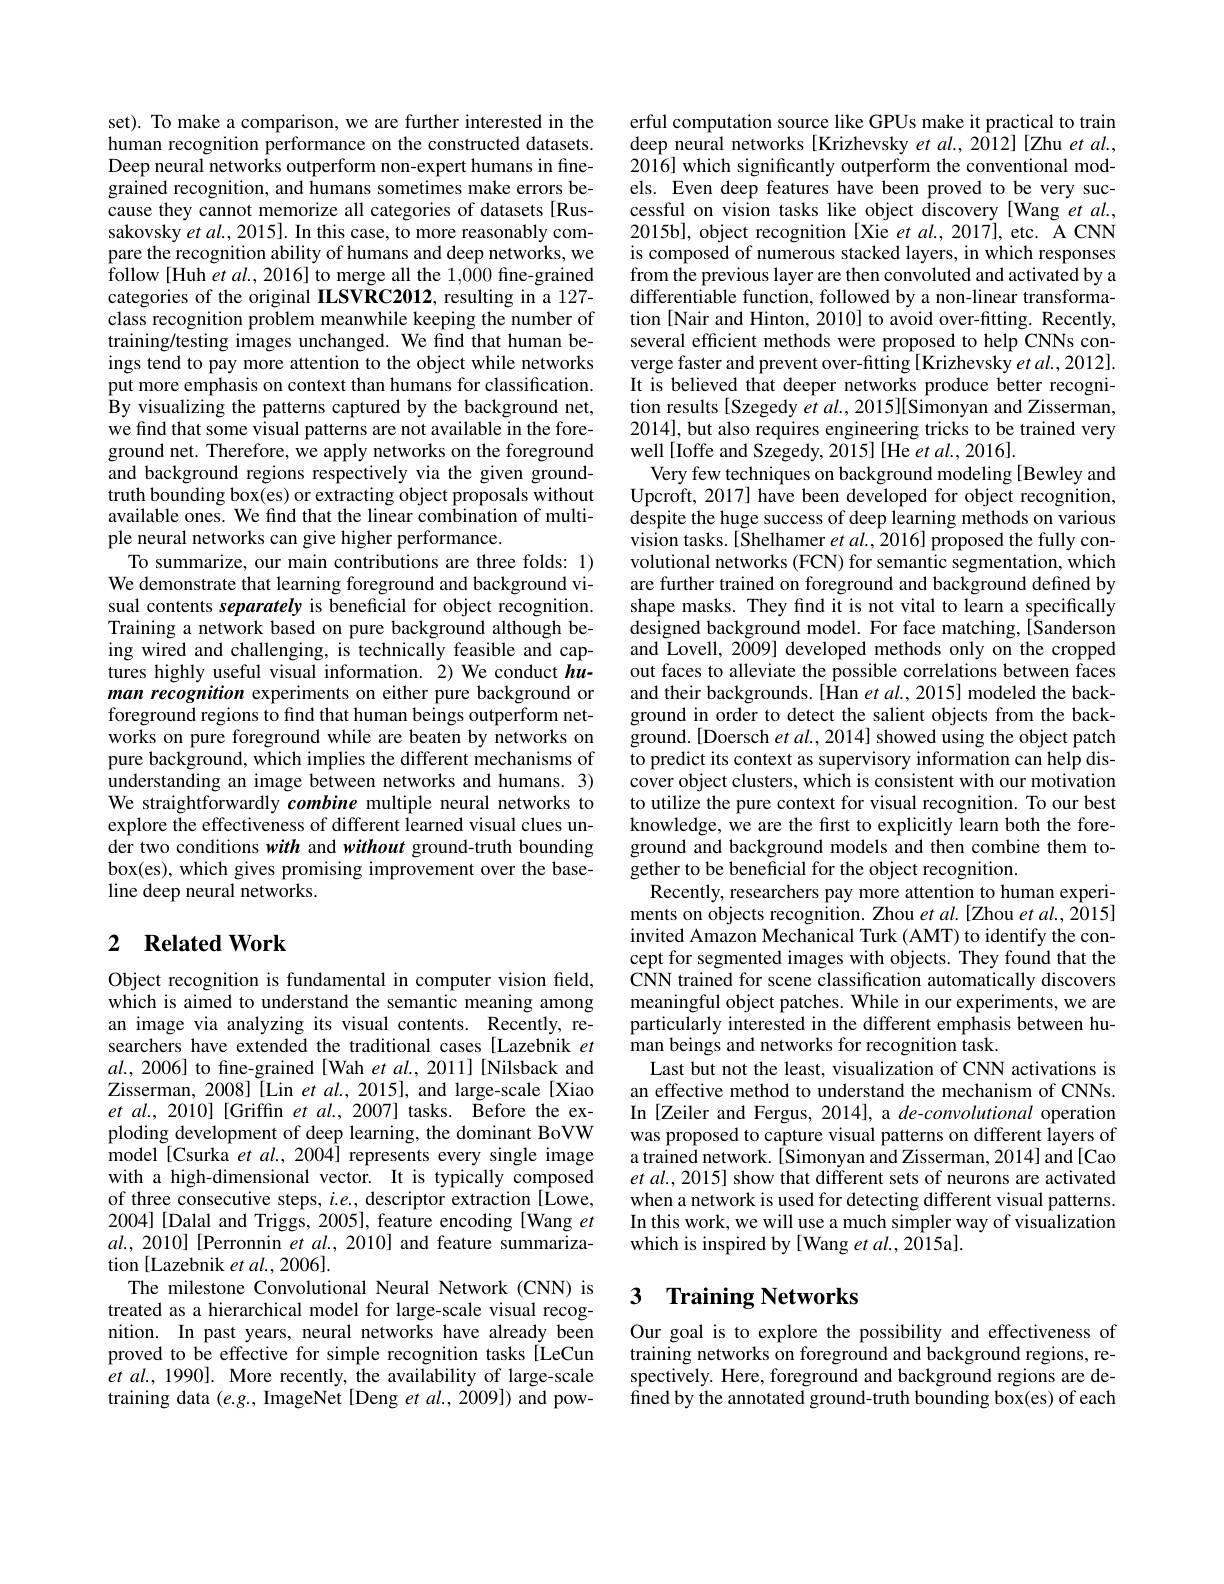
set). To make a comparison, we are further interested in the human recognition performance on the constructed datasets. Deep neural networks outperform non-expert humans in finegrained recognition, and humans sometimes make errors because they cannot memorize all categories of datasets [Russakovsky $etal.,2015].$ In this case, to more reasonably compare the recognition ability of humans and deep networks, we follow [Huh et al., 2016] to merge all the 1,000 fine-grained categories of the original IILSVRC2012, resulting in a 127- class recognition problem meanwhile keeping the number of training/testing images unchanged. We find that human beings tend to pay more attention to the object while networks put more emphasis on context than humans for classification. $\hat{\text{By visualizing the patterns captured by the background net,}}$ we find that some visual patterns are not available in the foreground net. Therefore, we apply networks on the foreground and background regions respectively via the given groundtruth bounding box(es) or extracting object proposals without available ones. We find that the linear combination of multiple neural networks can give higher performance.
To summarize, our main contributions are three folds: 1) We demonstrate that learning foreground and background visual contents separately is beneficial for object recognition. Training a network based on pure background although being wired and challenging, is technically feasible and captures highly useful visual information. 2) We conduct $hu-$ man recognition experiments on either pure background or foreground regions to find that human beings outperform networks on pure foreground while are beaten by networks on pure background, which implies the different mechanisms of understanding an image between networks and humans. 3) We straightforwardly combine multiple neural networks to explore the effectiveness of different learned visual clues under two conditions with and without ground-truth bounding box(es), which gives promising improvement over the baseline deep neural networks.

## 2 $\textbf{Related Work}$

Object recognition is fundamental in computer vision field, which is aimed to understand the semantic meaning among an image via analyzing its visual contents. Recently, researchers have extended the traditional cases [Lazebnik et $al.$, 2006] to fine-grained[Wah et al., 2011][Nilsback and Zisserman, 2008][Lin et al., 2015], and large-scale [Xiao $etal.,2010]$[Griffin et $al.,2007]$ tasks. Before the exploding development of deep learning, the dominant BoVW model [Csurka et al., 2004] represents every single image with a high-dimensional vector. It is typically composed of three consecutive steps, $i.e.$, descriptor extraction [Lowe, 2004] [Dalal and Triggs, 2005], feature encoding [Wang et $al.,2010]$[Perronnin $et\textit{al. , 2010] and feature summariza- }$ tion [Lazebnik et al., 2006].
The milestone Convolutional Neural Network (CNN) is treated as a hierarchical model for large-scale visual recognition. In past years, neural networks have already been proved to be effective for simple recognition tasks[LeCun $etal.,1990].$ More recently, the availability of large-scale training data $(e.g.$, ImageNet [Deng $et\textit{al. , 2009] ) and pow- }$

erful computation source like GPUs make it practical to train deep neural networks [Krizhevsky et al., 2012][Zhu et al., 2016] which significantly outperform the conventional models. Even deep features have been proved to be very successful on vision tasks like object discovery [Wang et al., 2015b], object recognition [Xie et al., 2017], etc. A CNN is composed of numerous stacked layers, in which responses from the previous layer are then convoluted and activated by a differentiable function, followed by a non-linear transformation [Nair and Hinton, 2010] to avoid over-fitting. Recently, several efficient methods were proposed to help CNNs converge faster and prevent over-fitting [Krizhevsky et al., 2012]. It is believed that deeper networks produce better recognition results[Szegedy et al., 2015][Simonyan and Zisserman, 2014], but also requires engineering tricks to be trained very well [Ioffe and Szegedy, 2015] [He et al., 2016].
Very few techniques on background modeling [Bewley and Upcroft, 2017] have been developed for object recognition, despite the huge success of deep learning methods on various vision tasks.[Shelhamer $etal.,2016]$ proposed the fully convolutional networks (FCN) for semantic segmentation, which are further trained on foreground and background defined by shape masks. They find it is not vital to learn a specifically designed background model. For face matching, [Sanderson and Lovell, 2009] developed methods only on the cropped out faces to alleviate the possible correlations between faces and their backgrounds. [1Han $et al. , 2015] $modeled the back- ground in order to detect the salient objects from the background.[Doersch et al., 2014] showed using the object patch to predict its context as supervisory information can help dis- $\hat{\text{cover object clusters, which is consistent with our motivation}}$ to utilize the pure context for visual recognition. To our best knowledge, we are the first to explicitly learn both the foreground and background models and then combine them together to be beneficial for the object recognition.
Recently, researchers pay more attention to human experiments on objects recognition. Zhou $etal.[$Zhou et al., 2015] invited Amazon Mechanical Turk (AMT) to identify the concept for segmented images with objects. They found that the CNN trained for scene classification automatically discovers meaningful object patches. While in our experiments, we are particularly interested in the different emphasis between human beings and networks for recognition task.
Last but not the least, visualization of CNN activations is an effective method to understand the mechanism of CNNs. In [Zeiler and Fergus, 2014], a de-convolutional operation was proposed to capture visual patterns on different layers of a trained network. [Simonyan and Zisserman, 2014] and[Cao et al., 2015] show that different sets of neurons are activated when a network is used for detecting different visual patterns. In this work, we will use a much simpler way of visualization which is inspired by [Wang et al., 2015a].

## 3 $\textbf{Training Networks}$

Our goal is to explore the possibility and effectiveness of training networks on foreground and background regions, respectively. Here, foreground and background regions are de- $\hat{\text{fined by the annotated ground-truth bounding box(es) of each}}$